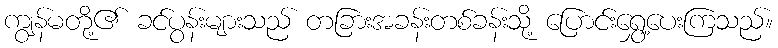
ကျွန်မတို့၏ ခင်ပွန်းများသည် တခြားအခန်းတစ်ခန်းသို့ ပြောင်းရွှေ့ပေးကြသည်။